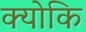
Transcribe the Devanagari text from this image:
क्‍योकि